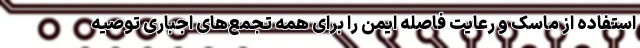
استفاده از ماسک و رعایت فاصله ایمن را برای همه تجمع‌های اجباری توصیه